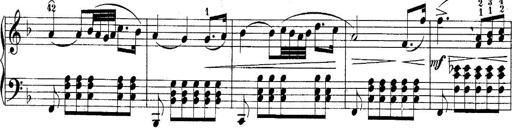
Title: 10 Sonatines progressives
Composer: Anton Schmoll